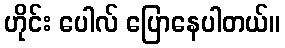
ဟိုင်း ပေါလ် ပြောနေပါတယ်။